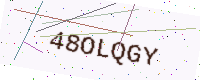
Text: 48OLQGY